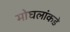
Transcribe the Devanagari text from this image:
मोघलांकडे